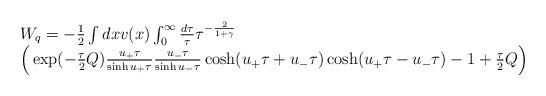
LaTeX: \begin{align*}\begin{array}{l} W_{q}=-\frac{1}{2} \int dx v(x)\int_{0}^{\infty} \frac{d\tau}{\tau} \tau^{-\frac{2}{1+\gamma}} \cr \Big(\exp(-\frac{\tau}{2}Q)\frac{u_{+}\tau}{\sinh u_{+}\tau}\frac{u_{-}\tau}{\sinh u_{-}\tau} \cosh (u_{+}\tau+u_{-}\tau)\cosh(u_{+}\tau-u_{-}\tau) -1 +\frac{\tau}{2}Q \Big)\end{array}\end{align*}